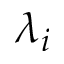
\lambda _ { i }